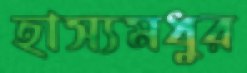
হাস্যমধুর